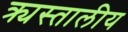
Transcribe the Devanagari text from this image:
क्र्यस्तालीय